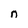
Character: n